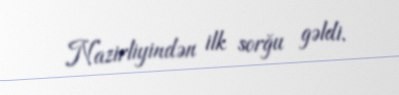
Nazirliyindən ilk sorğu gəldi.